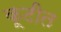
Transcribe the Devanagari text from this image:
कूटीत